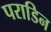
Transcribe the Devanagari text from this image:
पराडिन